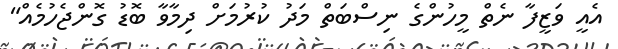
އެއީ ވަޒީފާ ނެތް މީހުންގެ ނިސްބަތް މަދު ކުރުމަށް ދިމާވާ ބޮޑު ގޮންޖެހުމެއް"